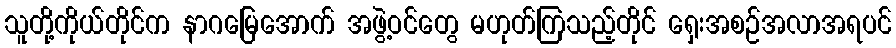
သူတို့ကိုယ်တိုင်က နာဂမြေအောက် အဖွဲ့ဝင်တွေ မဟုတ်ကြသည့်တိုင် ရှေးအစဉ်အလာအရပင်